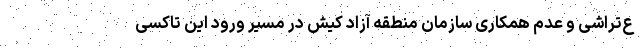
ع‌تراشی و عدم همکاری سازمان منطقه آزاد کیش در مسیر ورود این تاکسی